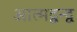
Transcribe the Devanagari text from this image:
आत्मद्वन्द्व